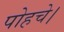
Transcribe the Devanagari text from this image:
पोहचे।